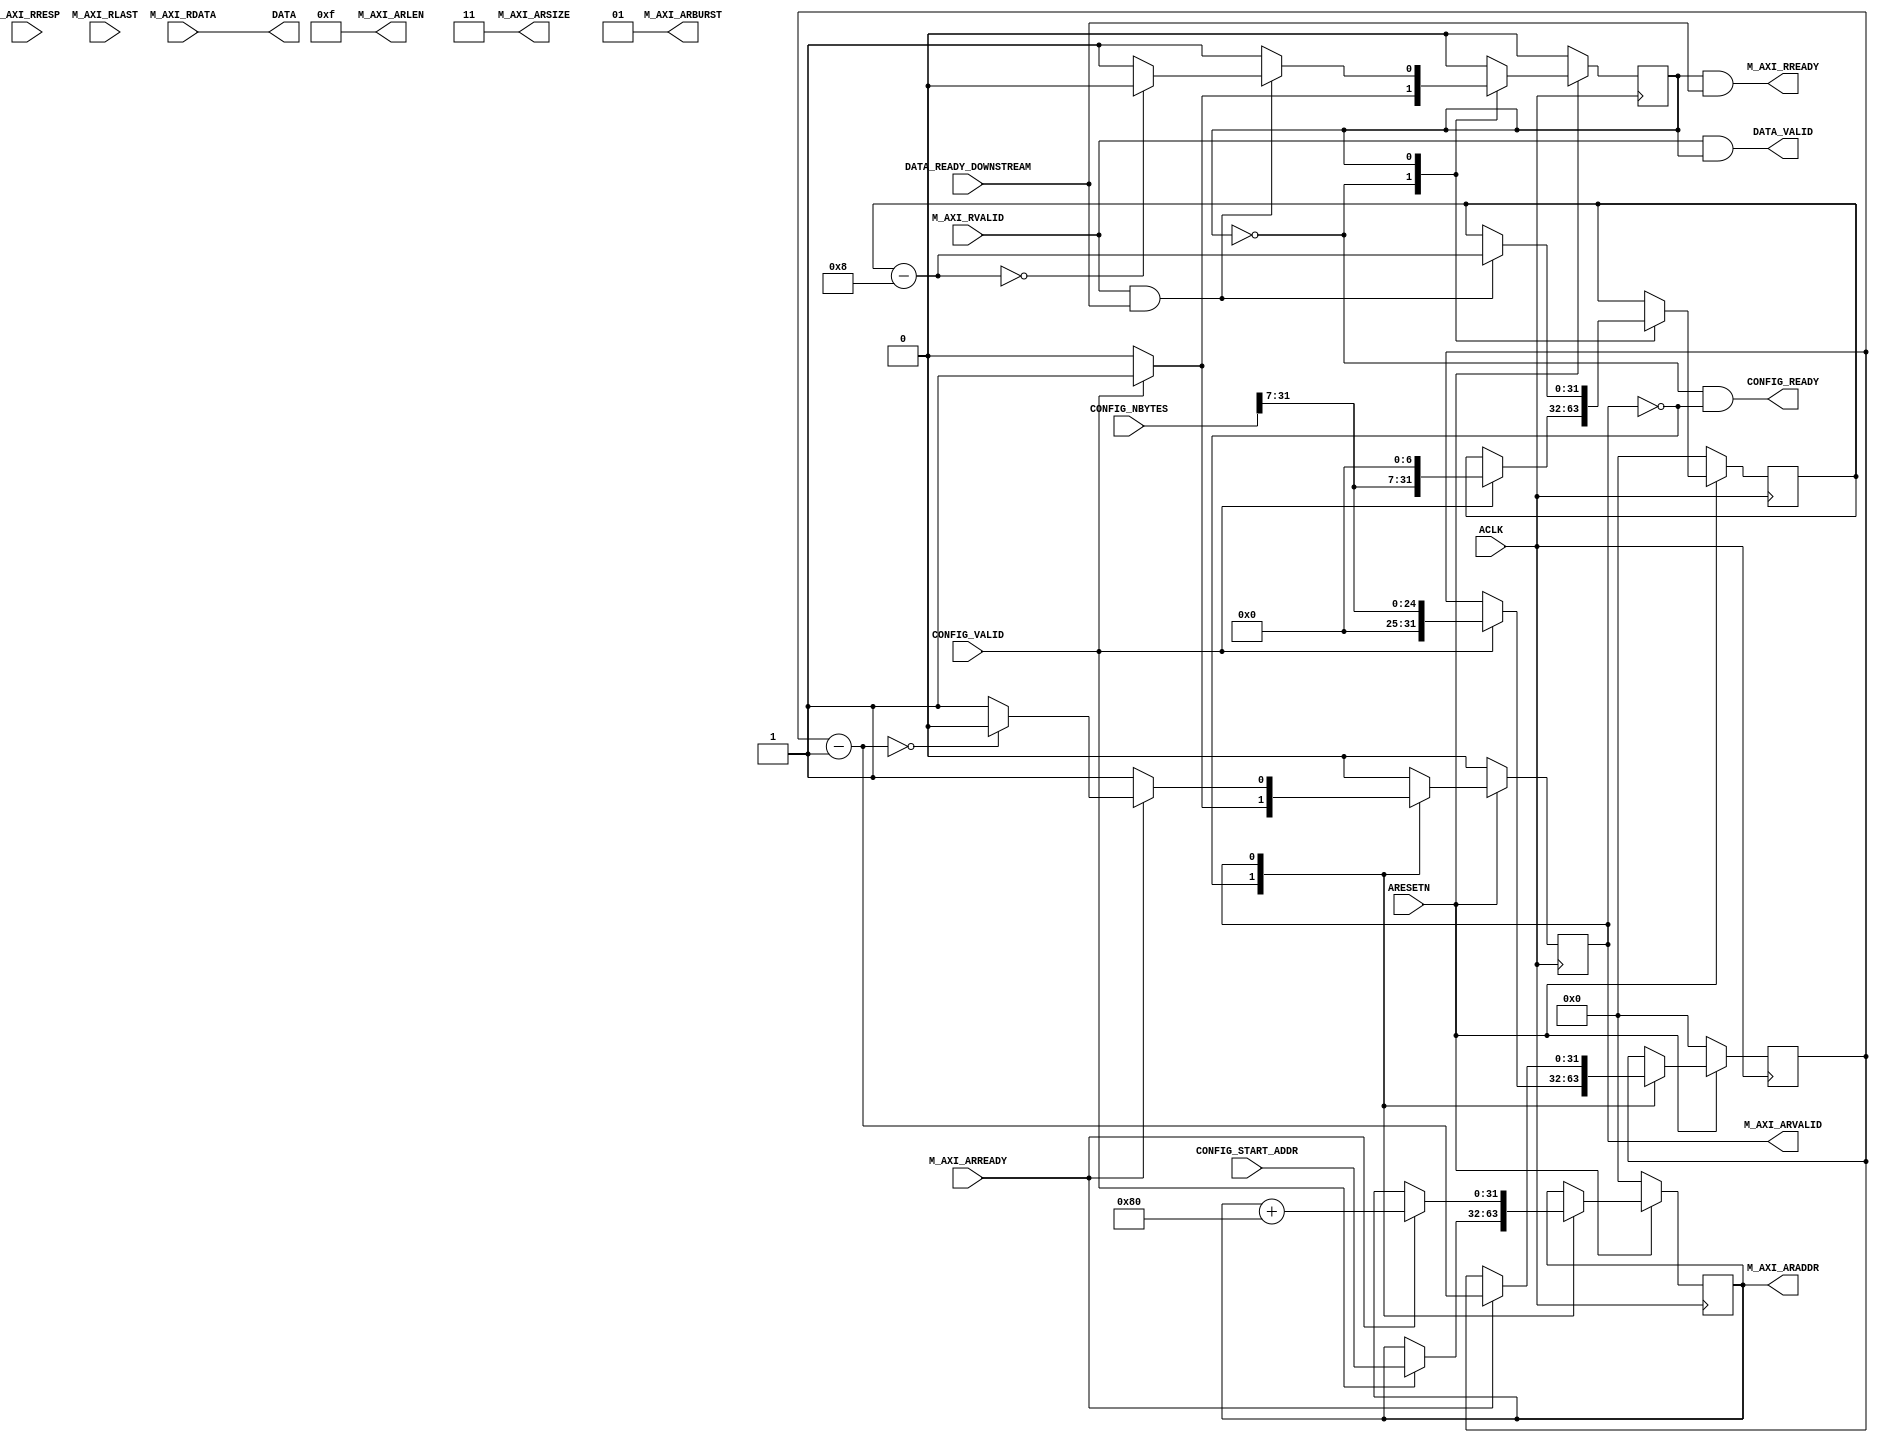
// This program was cloned from: https://github.com/jameshegarty/rigel
// License: MIT License

module DRAMReader(
    //AXI port
    input wire ACLK,
    input wire ARESETN,
    output reg [31:0] M_AXI_ARADDR,
    input wire M_AXI_ARREADY,
    output wire  M_AXI_ARVALID,
    input wire [63:0] M_AXI_RDATA,
    output wire M_AXI_RREADY,
    input wire [1:0] M_AXI_RRESP,
    input wire M_AXI_RVALID,
    input wire M_AXI_RLAST,
    output wire [3:0] M_AXI_ARLEN,
    output wire [1:0] M_AXI_ARSIZE,
    output wire [1:0] M_AXI_ARBURST,
    
    //Control config
    input wire CONFIG_VALID,
    output wire CONFIG_READY,
    input wire [31:0] CONFIG_START_ADDR,
    input wire [31:0] CONFIG_NBYTES,
    
    //RAM port
    input wire DATA_READY_DOWNSTREAM,
    output wire DATA_VALID,
    output wire [63:0] DATA
);

assign M_AXI_ARLEN = 4'b1111;
assign M_AXI_ARSIZE = 2'b11;
assign M_AXI_ARBURST = 2'b01;
parameter IDLE = 0, RWAIT = 1;
    
//ADDR logic
reg [31:0] a_count;
reg a_state;  
assign M_AXI_ARVALID = (a_state == RWAIT);
always @(posedge ACLK) begin
    if (ARESETN == 0) begin
        a_state <= IDLE;
        M_AXI_ARADDR <= 0;
        a_count <= 0;
    end else case(a_state)
        IDLE: begin
            if(CONFIG_VALID) begin
                M_AXI_ARADDR <= CONFIG_START_ADDR;
                a_count <= CONFIG_NBYTES[31:7];
                a_state <= RWAIT;
            end
        end
        RWAIT: begin
            if (M_AXI_ARREADY == 1) begin
                if(a_count - 1 == 0)
                    a_state <= IDLE;
                a_count <= a_count - 1;
                M_AXI_ARADDR <= M_AXI_ARADDR + 128; // Bursts are 128 bytes long
            end
        end
    endcase
end
    
//READ logic
reg [31:0] b_count;
reg r_state;
assign M_AXI_RREADY = (r_state == RWAIT) && DATA_READY_DOWNSTREAM;
always @(posedge ACLK) begin
    if (ARESETN == 0) begin
        r_state <= IDLE;
        b_count <= 0;
    end else case(r_state)
        IDLE: begin
            if(CONFIG_VALID) begin
                b_count <= {CONFIG_NBYTES[31:7],7'b0}; // round to nearest 128 bytes
                r_state <= RWAIT;
            end
        end
        RWAIT: begin
            if (M_AXI_RVALID && DATA_READY_DOWNSTREAM) begin
                //use M_AXI_RDATA
                if(b_count - 8 == 0)
                    r_state <= IDLE;
                b_count <= b_count - 8; // each valid cycle the bus provides 8 bytes
            end
        end
    endcase
end

assign DATA = M_AXI_RDATA;
assign DATA_VALID = M_AXI_RVALID && (r_state == RWAIT);
assign CONFIG_READY = (r_state == IDLE) && (a_state == IDLE);

endmodule // DRAMReader